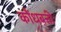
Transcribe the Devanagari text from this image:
कौंधबत्ती